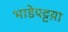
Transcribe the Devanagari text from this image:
भाडेपट्टय़ा